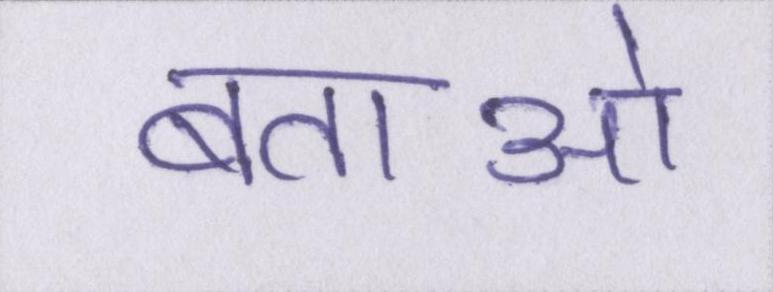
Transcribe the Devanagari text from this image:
बताओ